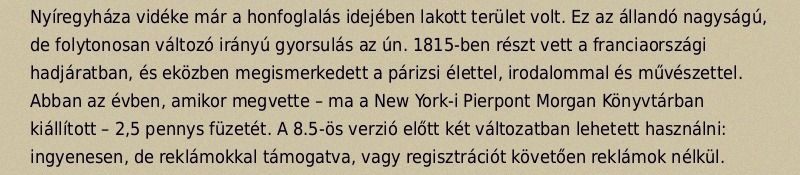
Nyíregyháza vidéke már a honfoglalás idejében lakott terület volt. Ez az állandó nagyságú, de folytonosan változó irányú gyorsulás az ún. 1815-ben részt vett a franciaországi hadjáratban, és eközben megismerkedett a párizsi élettel, irodalommal és művészettel. Abban az évben, amikor megvette – ma a New York-i Pierpont Morgan Könyvtárban kiállított – 2,5 pennys füzetét. A 8.5-ös verzió előtt két változatban lehetett használni: ingyenesen, de reklámokkal támogatva, vagy regisztrációt követően reklámok nélkül.